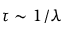
\tau \sim 1 / \lambda